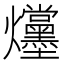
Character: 𪺌